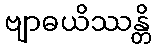
ဗျာဓယိဿန္တိ